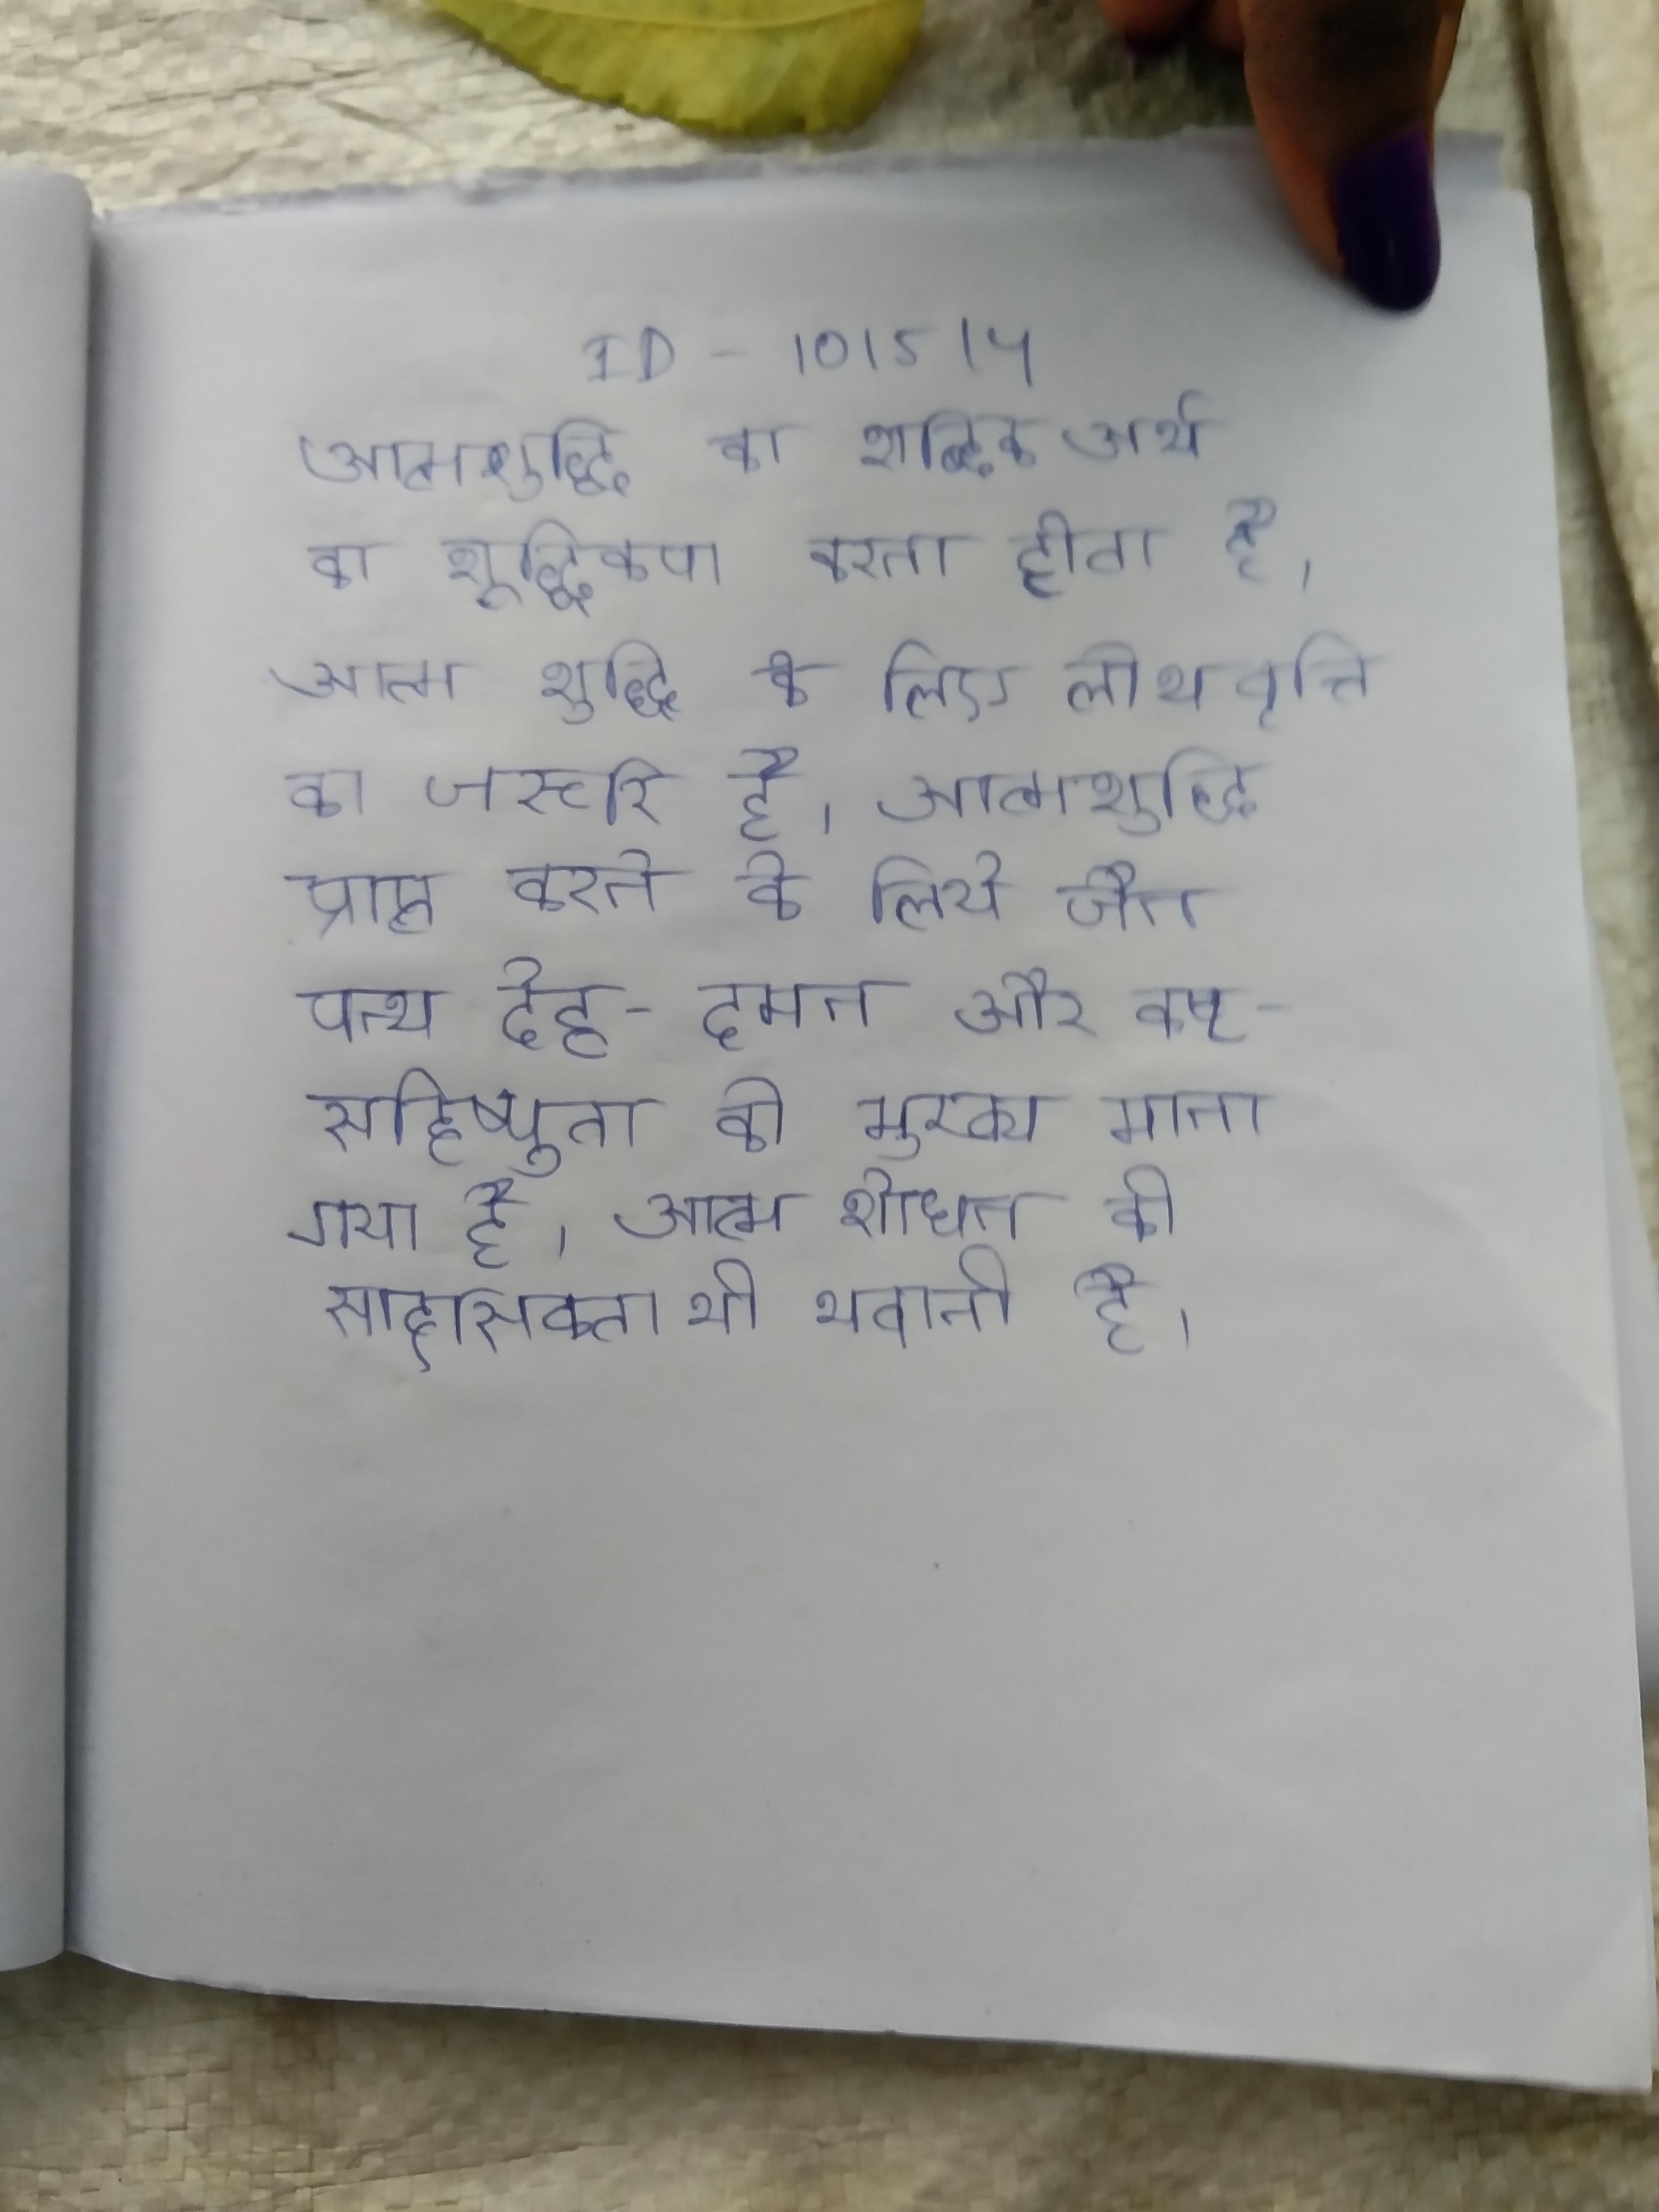
आत्मशुद्धि का शाब्दिक अर्थ का शुद्धिकरण करना होता है । आत्म शुद्धि के लिए लोभ वृत्ति का जरूरी है । आत्मशुद्धि प्राप्त करने के लिये जैन पन्थ देह-दमन और कष्टसहिष्णुता को मुख्य माना गया है । आत्म शोधन की साहसिकता भी भवानी है ।